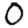
Digit: 0